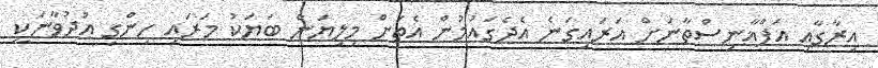
އިރާގާއި އަފްޣާނިސްތާނަށް އަރައިގަނެ އެދެގައުމުން އެތަށް މިލިޔަން ބަޔަކު މަރައި ހިންގި އުދުވާނަކީ